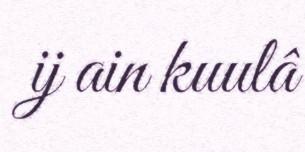
ij ain kuulâ